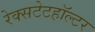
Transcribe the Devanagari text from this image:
रेक्सटेटहॉल्टर